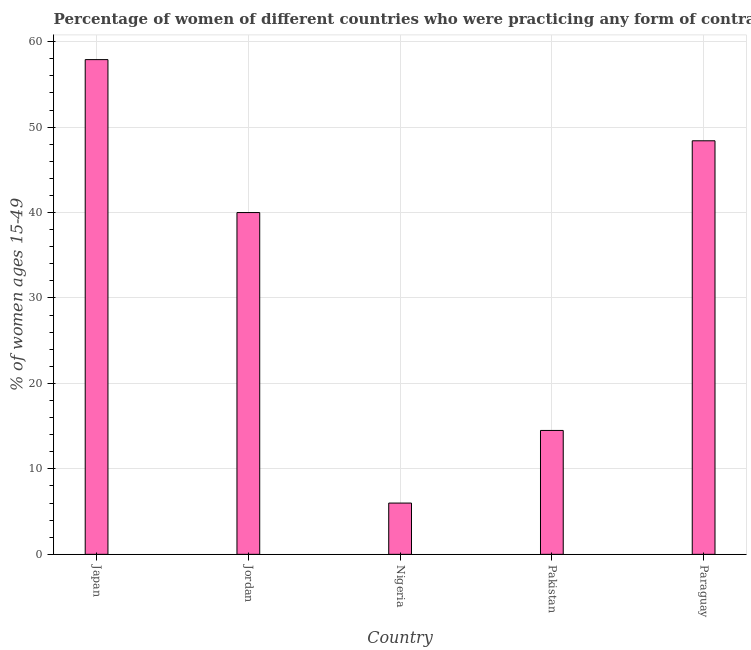
| Country | Contraceptive prevalence |
 | --- | --- |
 | Japan | 57.9 |
 | Jordan | 40 |
 | Nigeria | 6 |
 | Pakistan | 14.5 |
 | Paraguay | 48.4 |